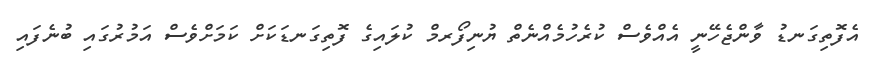
އެފޮތިގަނޑު ވާންޖެހޭނީ އެއްވެސް ކުރެހުމެއްނެތް ޔުނިފޯރމް ކުލައިގެ ފޮތިގަނޑަކަށް ކަމަށްވެސް އަމުރުގައި ބުނެފައި